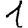
Digit: 1